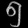
Digit: ၅